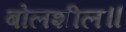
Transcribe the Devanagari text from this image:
बोलशील॥